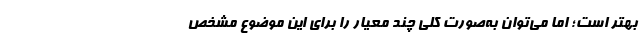
بهتر است؛ اما می‌توان به‌صورت کلی چند معیار را برای این موضوع مشخص